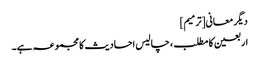
دیگر معانی[ترمیم]
اربعین کا مطلب، چالیس احادیث کا مجموعہ ہے۔